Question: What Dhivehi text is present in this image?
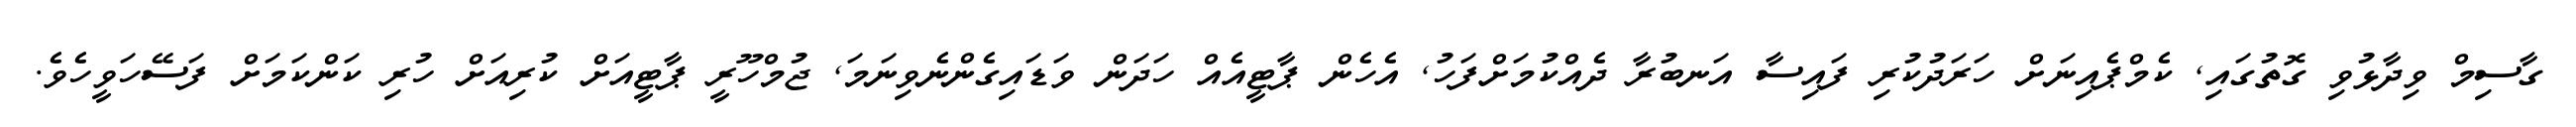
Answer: ގާސިމް ވިދާޅުވި ގޮތުގައި, ކެމްޕެއިނަށް ހަރަދުކުރި ފައިސާ އަނބުރާ ދެއްކުމަށްފަހު, އެހެން ޕާޓީއެއް ހަދަން ވަޑައިގެންނެވިނަމަ, ޖުމްހޫރީ ޕާޓީއަށް ކުރިއަށް ހުރި ކަންކަމަށް ފަސޭހަވީހެވެ.